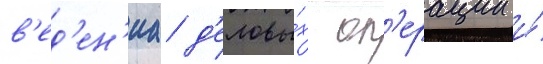
в'ед'ен'иа д'еловы́х оп'ерации и́